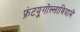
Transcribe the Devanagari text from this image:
फ्रंटयूगोस्लावियामें